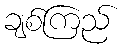
ချစ်ကြည်